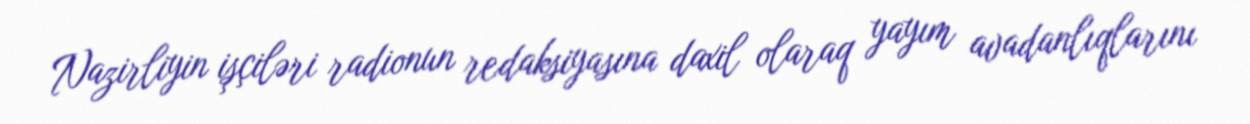
Nazirliyin işçiləri radionun redaksiyasına daxil olaraq yayım avadanlıqlarını